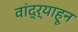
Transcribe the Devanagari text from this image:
वांद्र्याहून